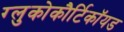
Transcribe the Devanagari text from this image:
ग्लुकोकौर्टिकॉयड